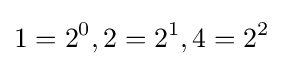
1=2^{0},2=2^{1},4=2^{2}